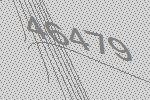
46479